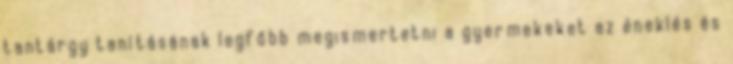
tantárgy tanításának legfőbb megismertetni a gyermekeket az éneklés és